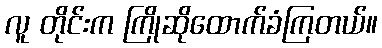
လူ တိုင်းက ကြိုဆိုထောက်ခံကြတယ်။